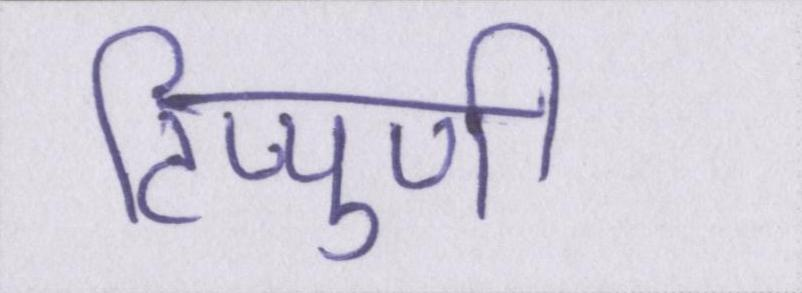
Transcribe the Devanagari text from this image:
टिप्पुणी